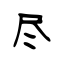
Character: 尽